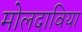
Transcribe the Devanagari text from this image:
मोलदाविया